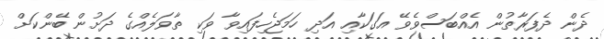
ދެން ދެފަރާތުން އެއްބަސްވެވޭ އަގަކާއި އަދި ހަމަޖެހިފައިވާ ވަކި ތާވަލެއްގެ ދަށުން ބޭންކަށް